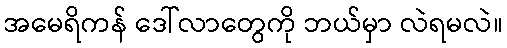
အမေရိကန် ဒေါ်လာတွေကို ဘယ်မှာ လဲရမလဲ။